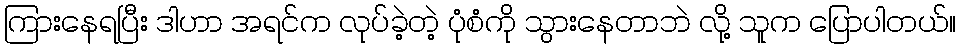
ကြားနေရပြီး ဒါဟာ အရင်က လုပ်ခဲ့တဲ့ ပုံစံကို သွားနေတာဘဲ လို့ သူက ပြောပါတယ်။